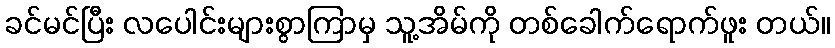
ခင်မင်ပြီး လပေါင်းများစွာကြာမှ သူ့အိမ်ကို တစ်ခေါက်ရောက်ဖူး တယ်။